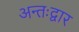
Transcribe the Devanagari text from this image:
अन्तःद्वार